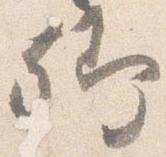
卿